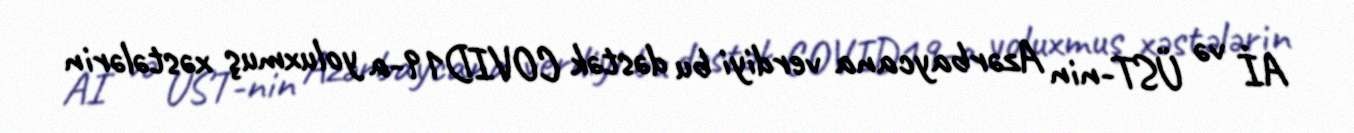
Aİ və ÜST-nin Azərbaycana verdiyi bu dəstək COVID19-a yoluxmuş xəstələrin